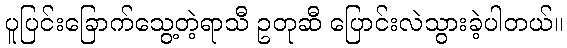
ပူပြင်းခြောက်သွေ့တဲ့ရာသီ ဥတုဆီ ပြောင်းလဲသွားခဲ့ပါတယ်။